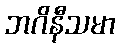
ဘဂိနီသမာ